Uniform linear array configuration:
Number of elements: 24
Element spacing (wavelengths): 0.25
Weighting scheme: exponential
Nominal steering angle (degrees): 15
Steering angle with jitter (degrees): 15.145
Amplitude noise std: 0.05
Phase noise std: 0.05

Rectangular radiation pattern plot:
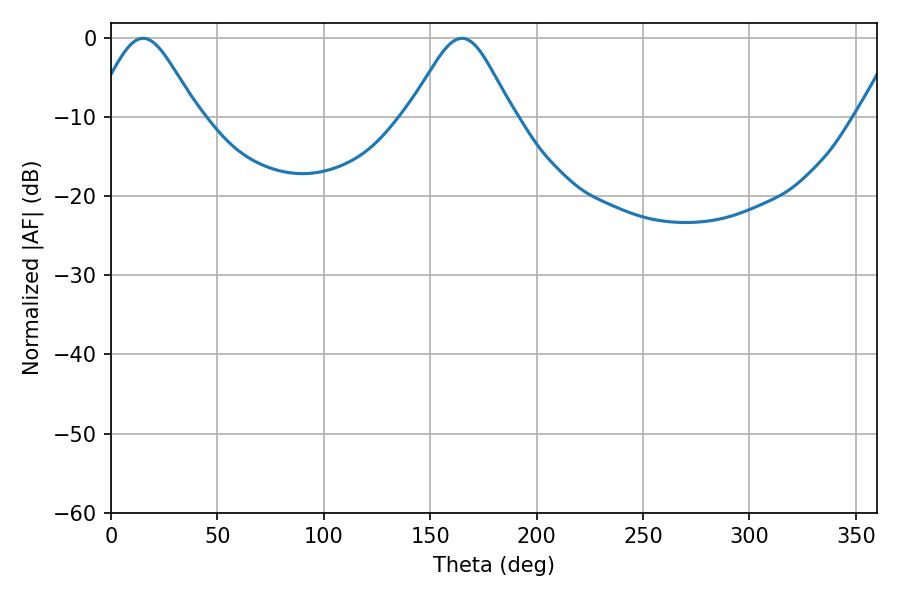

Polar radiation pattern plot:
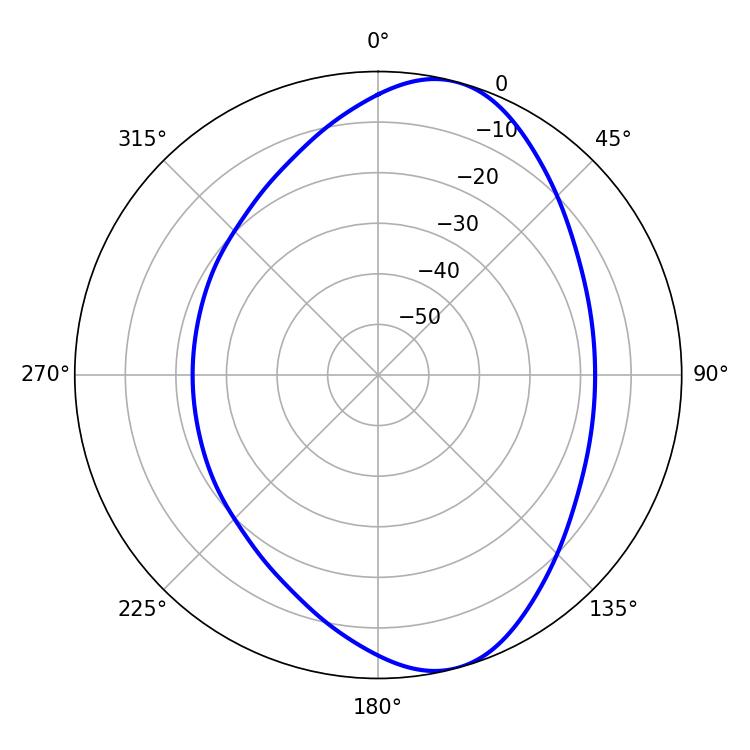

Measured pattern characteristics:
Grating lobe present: FALSE
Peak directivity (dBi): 8.512
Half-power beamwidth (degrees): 23.94
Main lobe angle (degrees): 15.12